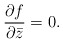
\begin{align*}\displaystyle\frac{\partial f}{\partial \bar{z}} = 0.\end{align*}